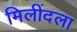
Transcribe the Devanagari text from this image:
मिलींदला